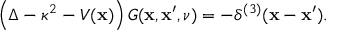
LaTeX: \left( \Delta - \kappa ^ { 2 } - { \cal V } ( { \bf x } ) \right) { \cal G } ( { \bf x } , { \bf x } ^ { \prime } , \nu ) = - \delta ^ { ( 3 ) } ( { \bf x } - { \bf x } ^ { \prime } ) .